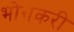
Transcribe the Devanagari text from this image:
भोगकरी